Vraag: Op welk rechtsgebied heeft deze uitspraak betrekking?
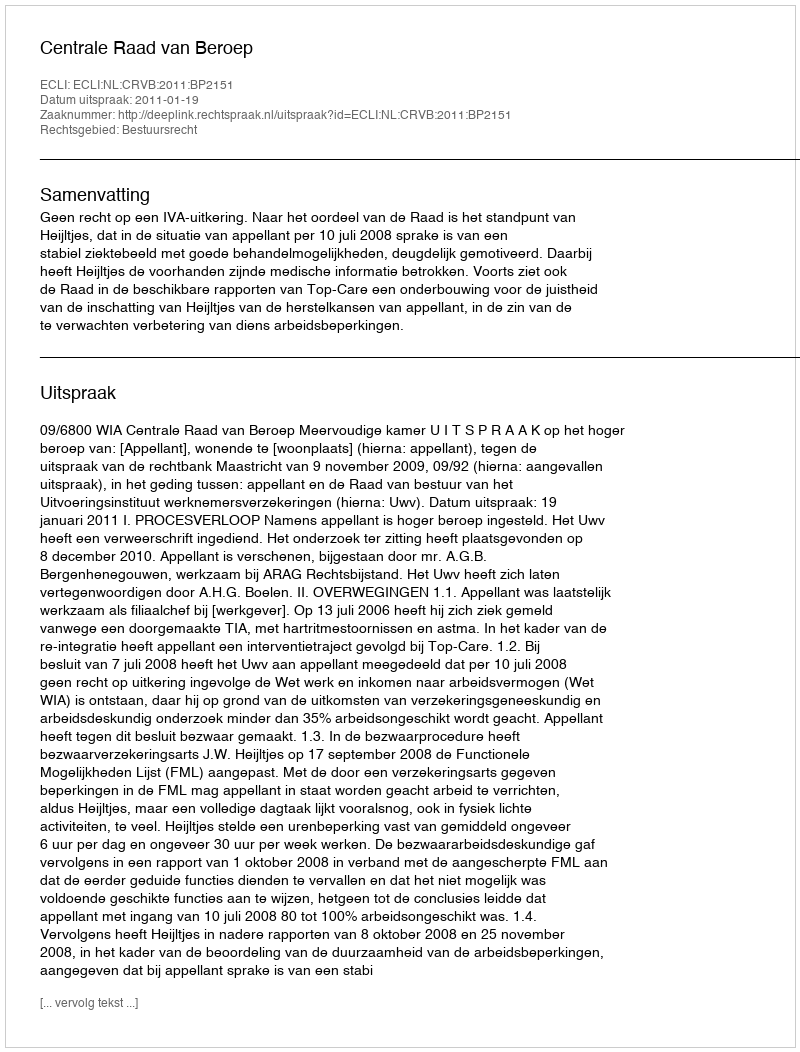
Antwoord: Bestuursrecht